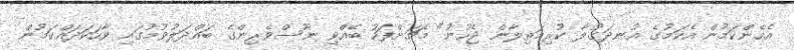
އެހެންކަމުން އެކަމުގެ އުނދަގުލާ ކުރިމަތިލާން ޖެހުނު" މެޗަށްފަހު ބޭއްވި ނޫސްވެެރިންގެ ބައްދަލުވުމުގައި ވާހަކަދައްކަމުން